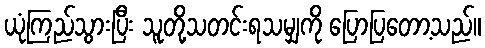
ယုံကြည်သွားပြီး သူတို့သတင်းရသမျှကို ပြောပြတော့သည်။